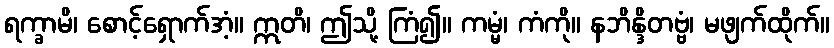
ရက္ခာမိ၊ စောင့်ရှောက်အံ့။ ဣတိ၊ ဤသို့ ကြံ၍။ ကမ္မံ၊ ကံကို။ နဘိန္ဒိတဗ္ဗံ၊ မဖျက်ထိုက်။